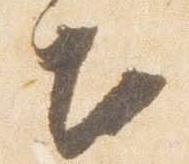
出